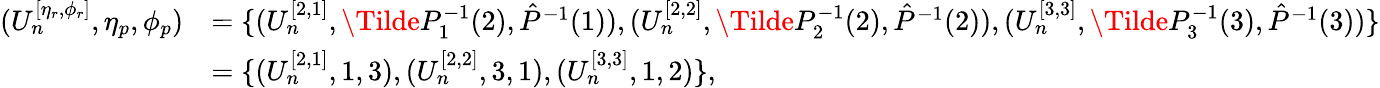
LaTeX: \begin{array}{rl}{(U_{n}^{[\eta_{r},\phi_{r}]},\eta_{p},\phi_{p})}&{=\{ (U_{n}^{[2,1]},\Tilde{P}_{1}^{-1}(2),\hat{P}^{-1}(1)),(U_{n}^{[2,2]},\Tilde{P}_{2}^{-1}(2),\hat{P}^{-1}(2)),(U_{n}^{[3,3]},\Tilde{P}_{3}^{-1}(3),\hat{P}^{-1}(3))\} }\\ &{=\{ (U_{n}^{[2,1]},1,3),(U_{n}^{[2,2]},3,1),(U_{n}^{[3,3]},1,2)\} ,}\end{array}